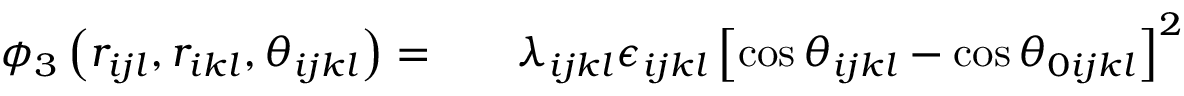
\begin{array} { r l r } { \phi _ { 3 } \left( r _ { i j l } , r _ { i k l } , \theta _ { i j k l } \right) = } & { { } } & { \lambda _ { i j k l } \epsilon _ { i j k l } \left[ \cos \theta _ { i j k l } - \cos \theta _ { 0 i j k l } \right] ^ { 2 } } \end{array}